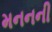
મનનની